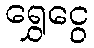
ရွှေငွေ